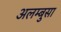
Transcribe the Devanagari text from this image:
अलम्बुसा